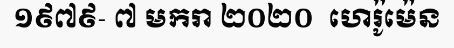
១៩៧៩- ៧ មករា ២០២០  ហេរ៉ូម៉េន